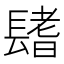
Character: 𨲤